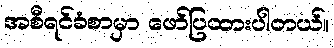
အစီရင်ခံစာမှာ ဖော်ပြထားပါတယ်။